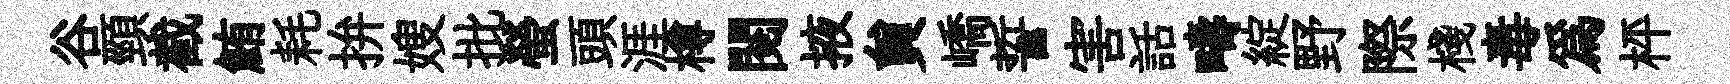
谷頸截鮪耗拚嫂批螢頭涯樽閲掖貟嶠誓害話疇綻野際棧毒爲枰